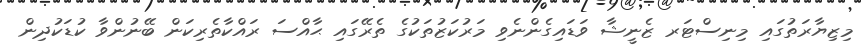
މިޒިޔާރަތުގައި މިނިސްޓަރ ޒެނީޝާ ވަޑައިގެންނެވި މަރުކަޒުތަކުގެ ތެރޭގައި ޙާއްސަ ރައްކާތެރިކަން ބޭނުންވާ ކުޑަކުދިން